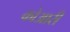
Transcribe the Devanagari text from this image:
कोआरी